Lunatic asylums Central Provinces reports 1874-1885 - 1874-1885
Year: 1874
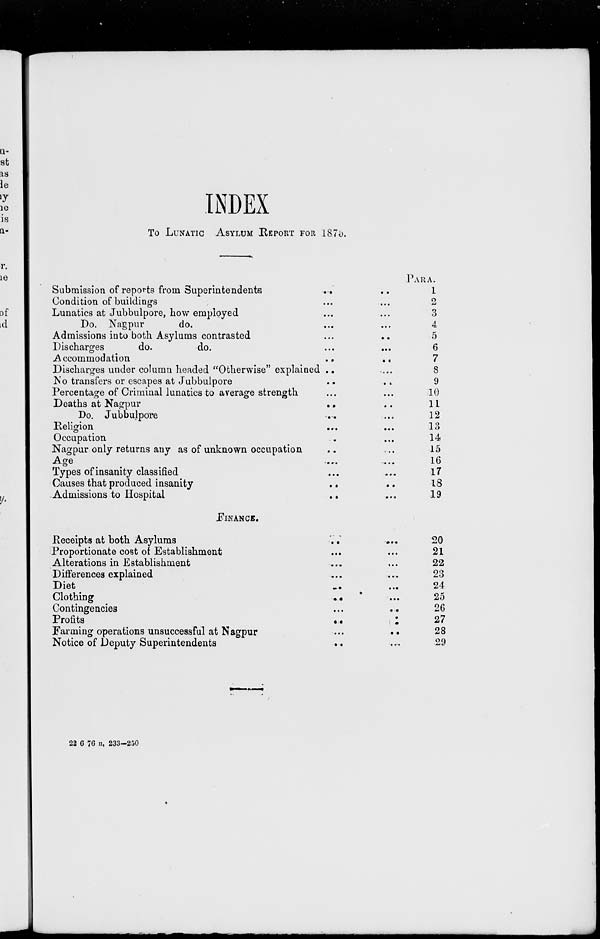
INDEX
TO LUNATIC ASYLUM REPORT FOR 1875.
Submission of reports from Superintendents
..
..
Condition of buildings ... ...
Lunatics at Jubbulpore, how employed ... ...
Do. Nagpur
do. ... ...
Admissions into both Asylums contrasted ... ...
Discharges
do.
do. ... ...
Accommodation ... ...
Discharges under column headed "Otherwise" explained ... ...
No transfers or escapes at Jubbulpore ... ...
Percentage of Criminal lunatics to average strength ... ...
Deaths at Nagpur ... ...
Do. Jubbulpore ... ...
Religion ... ...
Occupation ... ...
Nagpur only returns any as of unknown occupation ... ...
Age
...
...
Types of insanity classified ... ...
Causes that produced insanity
...
...
Admissions to Hospital
...
...
PARA.
1
2
3
4
5
6
7
8
9
10
11
12
13
14
15
16
17
18
19
FINANCE.
Receipts at both Asylums ... ...
Proportionate cost of Establishment ... ...
Alterations in Establishment ... ...
Differences explained ... ...
Diet ... ...
Clothing
...
...
Contingencies ... ...
Profits
...
...
Farming operations unsuccessful at Nagpur
...
...
Notice of Deputy Superintendents ... ...
20
21
22
23
24
25
26
27
28
29
22 6 76 n. 233—250